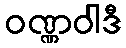
ဝဏ္ဏဝါဒီ